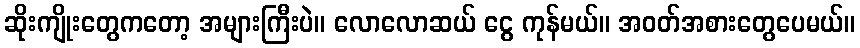
ဆိုးကျိုးတွေကတော့ အများကြီးပဲ။ လောလောဆယ် ငွေ ကုန်မယ်။ အဝတ်အစားတွေပေမယ်။